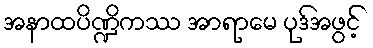
အနာထပိဏ္ဍိကဿ အာရာမေ ပုဒ်အဖွင့်